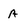
Character: A